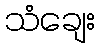
သံချေး